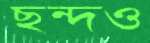
ছন্দও